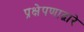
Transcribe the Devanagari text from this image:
प्रक्षेपणाद्वारे